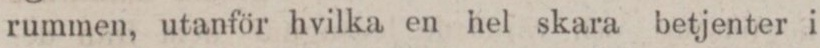
rummen, utanför hvilka en hel skara betjenter i